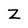
Character: Z